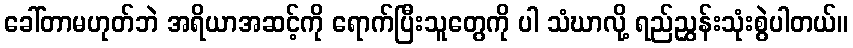
ခေါ်တာမဟုတ်ဘဲ အရိယာအဆင့်ကို ရောက်ပြီးသူတွေကို ပါ သံဃာလို့ ရည်ညွှန်းသုံးစွဲပါတယ်။